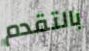
بالتقدم